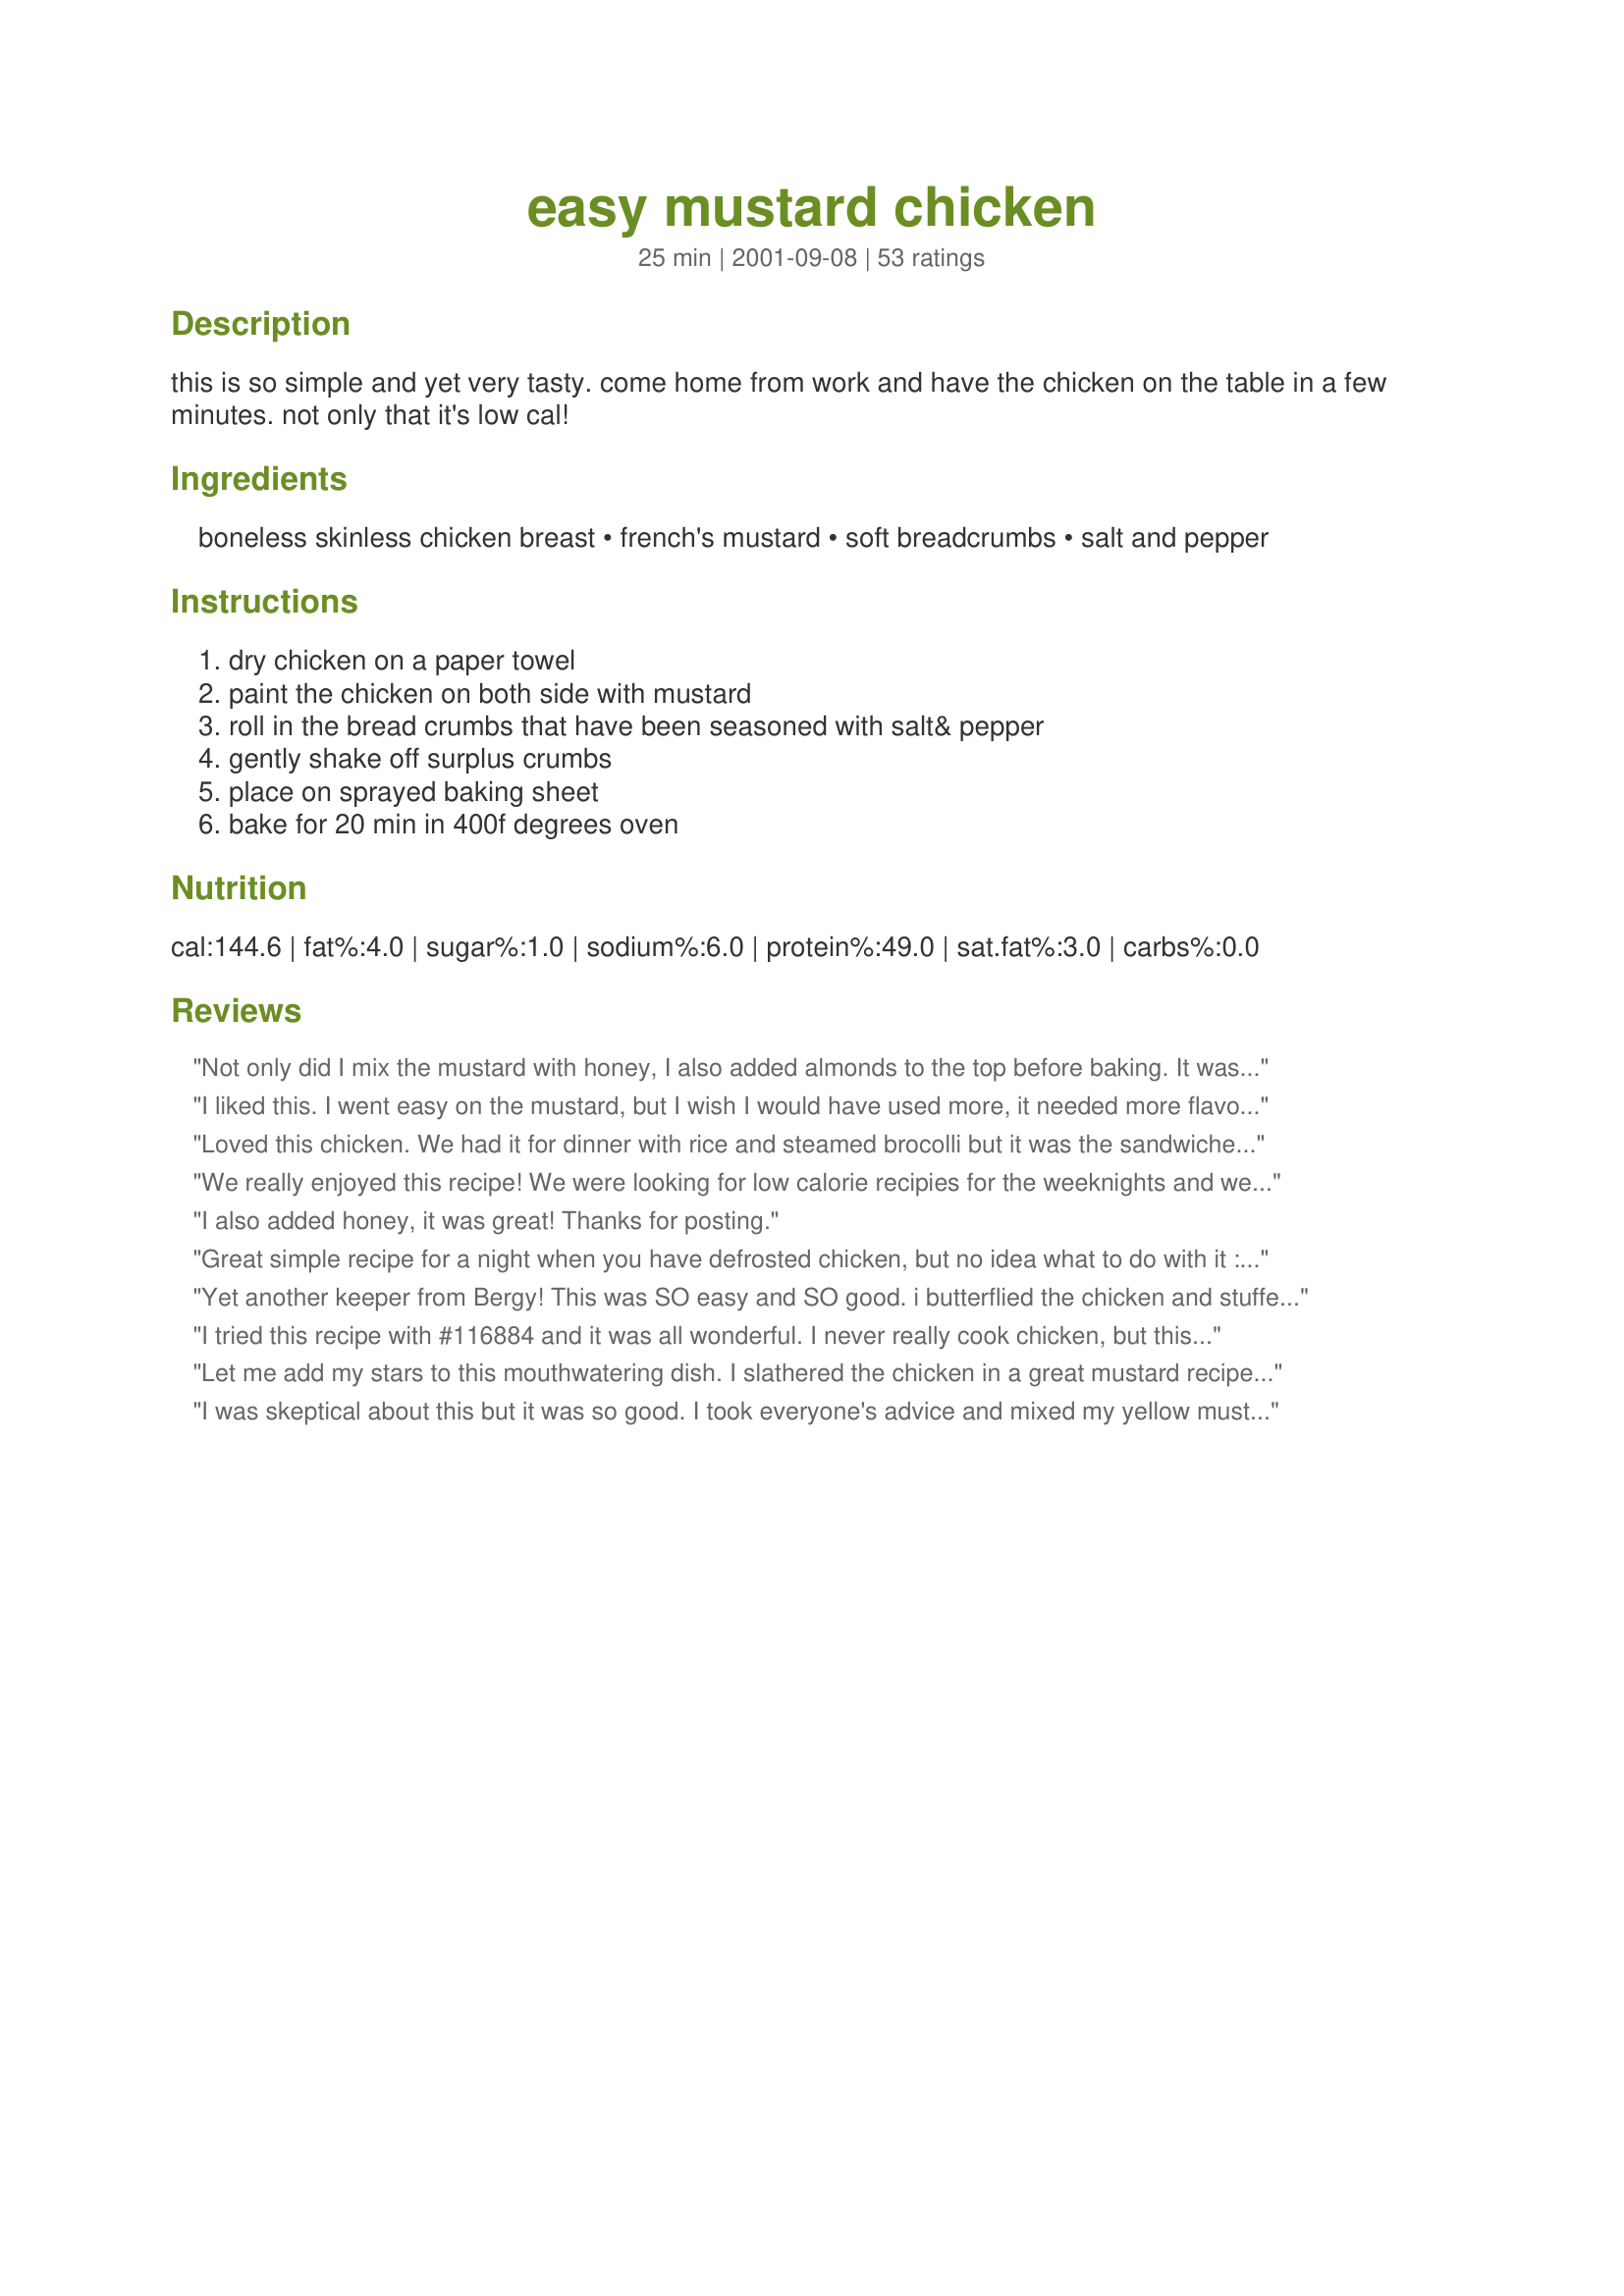
easy mustard chicken
Preparation time: 25 minutes

this is so simple and yet very tasty. come home from work and have the chicken on the table in a few minutes. not only that it's low cal!

Ingredients:
boneless skinless chicken breast, french's mustard, soft breadcrumbs, salt and pepper

Steps:
dry chicken on a paper towel, paint the chicken on both side with mustard, roll in the bread crumbs that have been seasoned with salt& pepper, gently shake off surplus crumbs, place on sprayed baking sheet, bake for 20 min in 400f degrees oven

Reviews:
Not only did I mix the mustard with honey, I also added almonds to the top before baking. It was a very tasty addition. I will definately make this again.
I liked this. I went easy on the mustard, but I wish I would have used more, it needed more flavor, next time I will try the other reviewers tip of adding honey to the mustard.
Loved this chicken. We had it for dinner with rice and steamed brocolli but it was the sandwiches we made the next day that really left an impression. This chicken makes an excellent sandwich with melted cheddar cheese on sourdough bread.
We really enjoyed this recipe! We were looking for low calorie recipies for the weeknights and were really surprised with this recipe! Great amount of flavor with just mustard and bread crumbs, and only 150 calories..you can't beat that! Thankyou, we will be making this again.
I also added honey, it was great! Thanks for posting.
Great simple recipe for a night when you have defrosted chicken, but no idea what to do with it :-) Thanks for posting.
Yet another keeper from Bergy! This was SO easy and SO good. i butterflied the chicken and stuffed fresh spinach in and then followed the recipe. The result was a nice, light, crispy crust that really made the chicken moist. Thanks for posting the recipe!
I tried this recipe with #116884 and it was all wonderful. I never really cook chicken, but this recipe made it so simple and headache free. It's also low-cal which is a nice plus.
Let me add my stars to this mouthwatering dish. I slathered the chicken in a great mustard recipe #81378 and then in homemade breadcrumbs, skipped the salt. Served it with Three Bean Pasta #12112 and a tomato-mushroom salad. This was a great lowfat dinner. Thanks loads, Bergy.
I was skeptical about this but it was so good. I took everyone's advice and mixed my yellow mustard with some honey and I was sure to season the chicken and breadcrumbs with salt and pepper. It was so tasty! You would think it would just taste like mustard but it didn't at all. This is healthy and good so thank you!
I love this recipe.....so easy to make. I used chicken fillets for this recipe. we dipped them in honey like chicken nuggets. yummy
We made these last night and they were very good, hubby finished off mine as we had big breasts and we really enjoyed them. I was a bit leary of the mustard with chicken but it added aot of flavour and simple too. Thankyou for this recipe, I'll be making it again!
Very good and easy. I have suggested this recipe to others. I liked the kick from the regular mustard and i tried italian bread crumbs as it was all I had in the house and that tasted great. Thanks!
Very nice light taste! It pleased my picky eaters! I used a Dijon/Mayo blend with Italian seasoned breadcrumbs =)

Thank you for a great recipe!
Super simple recipe, which I appreciated. It was good, but missing a little something. I'm sure the spicier the mustard the better. I used spicy mustard, but should have spread it on a bit thicker. I had intended to add some honey like some others on here suggested, but discovered that I was out of honey when it was too late. 400F for 20 minutes was perfect.
I seasoned my chicken tenders with seasoning salt before coating with breadcrumbs. Oh, and I also used Dijon mustard. Doesn't get much easier than this...or tasty! Thanks for a great tasting, healthy recipe. My family really enjoyed it!
There is nothing extraordinary about this recipe but it was simple and good. I added honey to the mustard as others had and used garlic salt, pepper, and onion powder to season my bread crumbs for extra flavor. I doubled the recipe and the time and my chicken came out moist. Thank you!
This was a quick and easy meal. Very tasty. I did have to cook the chicken for quite a bit longer, but I was using rather big breasts :) Also, used Italian breadcrumbs. Served with noodles and peas and carrots. Definitely goes in my comfort food category. Thanks!
So easy! I also added honey, and I really liked the flavor. I cut the chicken into strips and they were perfect for my 3 year old too.
We are on a serious budget crunch around here this month, so I was looking for a recipe that would taste good and would be easy to prepare with what I had on hand. This recipe fit the bill to a tee! This chicken was so moist and delicious...excellent flavor. Don't go easy on the mustard. Slather it on those chicken breasts...you won't be disappointed in the end result! I ended up cooking mine for about 30 minutes and added just a dash of season salt to the bread crumb mixture. Delicious! Thanks Bergy!
I loved this chicken, it was so tender. The next time I make it, I'm going to use spicy mustard to increase the flavour.
This was really good. I thought that the mustard would be over powering but it really wasn't. I think next time I'll try honey mustard. The best thing about the recipe is that the chicken stayed really moist.
Very easy! I also added honey to the recipe. Nice taste, chicken was moist.
Yummy! I added some spicies instead of just salt. It&#039;s so easy to make!
OK, I too was skeptical because I thought this was going to have an overpowering taste and even contiplated adding honey. However, I highly recommend trying it like this first (less calories). I followed directions as stated except I used Italian breadcrumbs and instead of brushing on the mustard I just poured it over chicken and turned to coat heavily before dredging it in crumbs. I lowered the degrees to 375 b/c my oven seems to get hotter than others and cooked for 20 minutes. Very moist, not as crunchy as I would have liked but still good (3-4 star rating). Served with baked zucchini chips and 1 small-medium sized red baked potato. Very healthy meal (total less than 400 calories-woohoo!)
This recipe is brilliant! So quick and easy for a novice cook such as myself. Like most people, I added some honey for an extra bit of flavour, and I also threw in some sesame seeds and mixed herbs just because I had them in my cupboard. I have to say I really enjoyed this and I will definitely be making this again!
Was very good & very easy to make. I used a wheat bread that I had in the house and just put it in the food processor to make the soft breadcrumbs. I also used a mix of mustards including grey poupon & a mustard that had stout beer in it as well. Yummy.
We liked this, but it wasn't fabulous. I added a little honey for sweetness. My husband took one bite and went to the fridge for some sauce to put on it.
Why not give this five stars? It couldn't be easier. I used a combination of yellow mustard and dijonaisse, then for the breading I combined seasoned bread crumbs with panko for crispness. The directions were good and the chicken was tasty.
Easy, quick and absolutly delicious! What more can you ask for? Thanks Bergy!
Yum! I also mixed a little honey with my mustard - it came out moist and crunchy. I brushed on the honey-mustard with a pastry brush, so the coat was thin and I didn't get much mustard flavor in the final product - but doing it that way would make a perfect no-fry chicken parmigian! Next time I'll really slather on the honey-mustard for a bolder flavor. Thanks!
I changed this up somewhat. I mixed 1 part yellow with 1 part honey mustard &amp; spread on top of chicken. I sprinkled Mrs. Dash seasoning blend on top, then finished with Italian bread crumbs. I pressed the toppings into the mustard blend so they would hold to the chicken breast. This made for a Very Delicious Chicken Entree.
This is a simple recipe with great savory flavor. I was hungry for chicken tonight, but didn't feel like standing around the kitchen cooking. Thanks so much, Bergy, for posting this up!
Needed a quick chicken dish for dinner and decided to try this. It was liked by all and we will be making it again. 
Thanks a ton for making my evening dinner quick and successful.
This was very good. I used honey mustard because that is what I had. Iam giving this 5 stars but we didnt love it because I over cooked it and it was al little dry but that was my fault. The taste was delicous! thank you
I really liked this dish. I added 1 Tbs of honey, and used italian bread cumbs because that's what I had. I will continue to make this chicken. But next time I might add more honey.
Excellant, easy and quick, great for a quiet Saturday night, thanks Bergy ,I used DeJong mustard, as always your recipe was wonderful!!
I used regular yellow mustard and added equal parts honey as many have mentioned and used fresh ground Salt and Pepper. I also used full sized Boneless Skinless Chicken Breasts so it took about 15 more minutes until they were the proper temp but these were so easy and very flavorful. I think the fresh ground salt and pepper and the honey really made the flavor in this. Thanks for a keeper.
This was an easy and tasty recipe that was great to make after a long day at work. I did use parmesan bread crumbs. The mustard is really neutralized by the cooking and I think that next time I will use a stronger mustard than French's - perhaps a grainy one with some horseradish. Thanks for posting!
for the effort that goes in to this, it's unbelievably good! We use honey mustard, and soft bread crumbs make a huge difference (we usually just put some sliced bread in a food processor).
So good and easy! I can't believe how easy, thanks for the keeper Bergy!
Very quick and easy. Ingredients that I always have on hand. Thanks Bergy for another winner.
incredable dish i swapped out the mustard with inglehoffer brand sweet hot mustard instead and dinner was silent excluding asking for more and the recipe. Made a super hit!!!
Easy & yummy! Came out moist and used extra dijon mustard for dipping.
So quick and easy. I happened to have honey in the house the first time I made this so I used about 1/2 cup of honey along with the mustard. The flavor was great! The second time, I didn't have any more honey so I made it just like the recipe said and it still had good flavor but I would definitely use honey if you have it..just adds more flavor
I can't give this any stars yet. I took reviewers comments and put tons of mustard on the chicken.... which we thought was overpowering. The chicken was wonderfully moist though. I will try it again, following Bergy's instructions and I know it will be great.
This recipe was really good. I used about 6 chicken tenders so I doubled the bread crumbs and it was just enough. I also used seasoning salt instead of salt and I added some garlic powder. They were nice and crispy on the outside and nice and juicy in the inside. I will be making these again.
Just to sweeten this up a bit, I mixed the yellow mustard half and half with honey. The oven temperature and timing still works well if only one chicken breast is baked.
Ok Ok. I had the leftover chicken with the mustard kind. I loved it! I was surprised that it wasn't too mustardy! (is that a word?!) Anyways, now I feel stupid for only having it brushed with ketchup! I didn't even try the mustard, but now I am glad that I did!
This was yummie!!! I added a bit of honey to the mustard and cooked 2 breasts for about 35 min and it came out perfect! Thanks!
This recipe is super easy and yes the chicken was very moist but there was absolutely no flavor to it at all. We all dipped it in barbecue sauce so it did not taste so bland. I think adding honey or some other spices would kick this dish up a notch.
I used dijon mustard and real honey mustard mixed together. I was unsure of the yellow. Recipe only says Frenchs not what kind. I assumed yellow. Didnt want to change too much until i tasted it like the recipe. I used more mustard for more chicken. I made the soft bread crumbs. 2lbs chicken breast. Had to cook a lil longer. It came out pretty good. Nothing special really. Lots of room to try different mustards though. Or other seasonings. I will try it again with different mustards. Something a bit tangier would be good. Overall easy and quick.
It doesnt get any easier than this. And very yummy too!!
